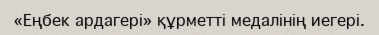
«Еңбек ардагері» құрметті медалінің иегері.